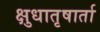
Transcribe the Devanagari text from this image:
क्षुधातृषार्ता